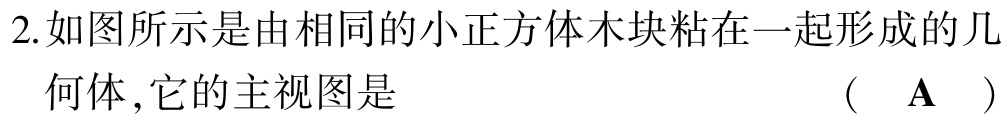
2.如图所示是由相同的小正方体木块粘在一起形成的几何体,它的主视图是 （ A ）